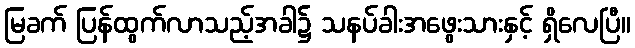
မြခက် ပြန်ထွက်လာသည့်အခါ၌ သနပ်ခါးအဖွေးသားနှင့် ရှိလေပြီ။